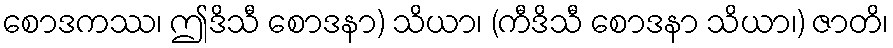
စောဒကဿ၊ ဤဒိသီ စောဒနာ) သိယာ၊ (ကီဒိသီ စောဒနာ သိယာ၊) ဇာတိ၊